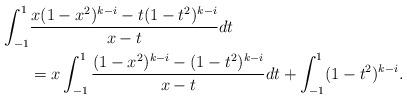
LaTeX: \begin{align*}\int_{-1}^{1} & \frac{x(1-x^2)^{k-i}-t(1-t^2)^{k-i}}{x-t} dt\cr &=x\int_{-1}^{1} \frac{(1-x^2)^{k-i}-(1-t^2)^{k-i}}{x-t} dt +\int_{-1}^{1} (1-t^2)^{k-i}.\end{align*}